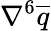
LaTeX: \nabla^{6}\overline{{q}}